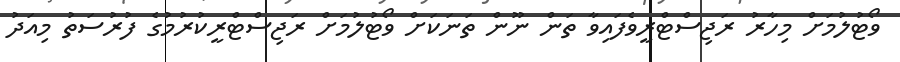
ވޯޓުލުމަށް މިހާރު ރަޖިސްޓްރީވެފައިވާ ތަން ނޫން ތަނަކަށް ވޯޓުލުމަށް ރަޖިސްޓްރީކުރުމުގެ ފުރުސަތު މިއަދު